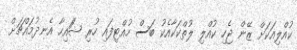
ކުއްލިއަކަށް ޒޭން ޖެހި ކުއްލި ލުތްކަކާއެކު ބަސް ހުއްޓިފައި ހުރި ޝަައިހާ އެނދުމައްޗަށް